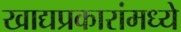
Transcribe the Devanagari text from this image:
खाद्यप्रकारांमध्ये